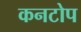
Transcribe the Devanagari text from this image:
कनटोप